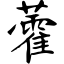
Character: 藿